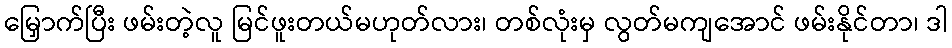
မြှောက်ပြီး ဖမ်းတဲ့လူ မြင်ဖူးတယ်မဟုတ်လား၊ တစ်လုံးမှ လွတ်မကျအောင် ဖမ်းနိုင်တာ၊ ဒါ